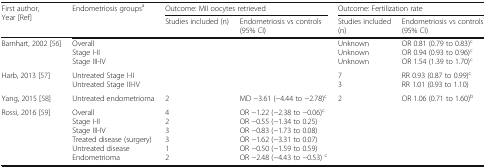
<table><thead><tr><td rowspan="2"><b>First author, Year [Ref]</b></td><td rowspan="2"><b>Endometriosis groups<sup>a</sup></b></td><td colspan="2"><b>Outcome: MII oocytes retrieved</b></td><td colspan="2"><b>Outcome: Fertilization rate</b></td></tr><tr><td><b>Studies included (n)</b></td><td><b>Endometriosis vs controls (95% CI)</b></td><td><b>Studies included (n)</b></td><td><b>Endometriosis vs controls (95% CI)</b></td></tr></thead><tbody><tr><td>Barnhart, 2002 [56]</td><td>OverallStage I-IIStage III-IV</td><td></td><td></td><td>UnknownUnknownUnknown</td><td>OR 0.81 (0.79 to 0.83)<sup>c</sup>OR 0.94 (0.93 to 0.96)<sup>c</sup>OR 1.54 (1.39 to 1.70)<sup>c</sup></td></tr><tr><td>Harb, 2013 [57]</td><td>Untreated Stage I-IIUntreated Stage III-IV</td><td></td><td></td><td>73</td><td>RR 0.93 (0.87 to 0.99)<sup>c</sup>RR 1.01 (0.93 to 1.10)</td></tr><tr><td>Yang, 2015 [58]</td><td>Untreated endometrioma</td><td>2</td><td>MD −3.61 (−4.44 to −2.78)<sup>c</sup></td><td>2</td><td>OR 1.06 (0.71 to 1.60)<sup>b</sup></td></tr><tr><td>Rossi, 2016 [59]</td><td>OverallStage I-IIStage III-IVTreated disease (surgery)Untreated diseaseEndometrioma</td><td>423312</td><td>OR −1.22 (−2.38 to −0.06)<sup>c</sup>OR −0.55 (−1.34 to 0.25)OR −0.83 (−1.73 to 0.08)OR −1.62 (−3.31 to 0.07)OR −0.50 (−1.59 to 0.59)OR −2.48 (−4.43 to −0.53) <sup>c</sup></td><td></td><td></td></tr></tbody></table>